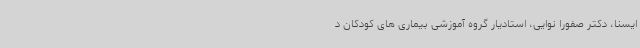
ایسنا، دکتر صفورا نوایی، استادیار گروه آموزشی بیماری های کودکان د